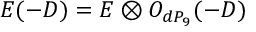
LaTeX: E ( - D ) = E \otimes { \cal O } _ { d P _ { 9 } } ( - D )